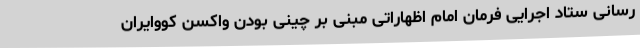
رسانی ستاد اجرایی فرمان امام اظهاراتی مبنی بر چینی بودن واکسن کووایران